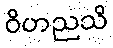
ဝိဟညသိ